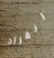
انفراد